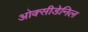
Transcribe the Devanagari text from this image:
ओक्सीडेनिल